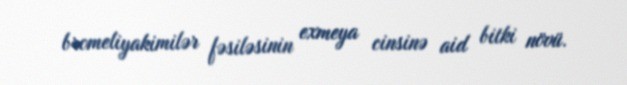
bromeliyakimilər fəsiləsinin exmeya cinsinə aid bitki növü.